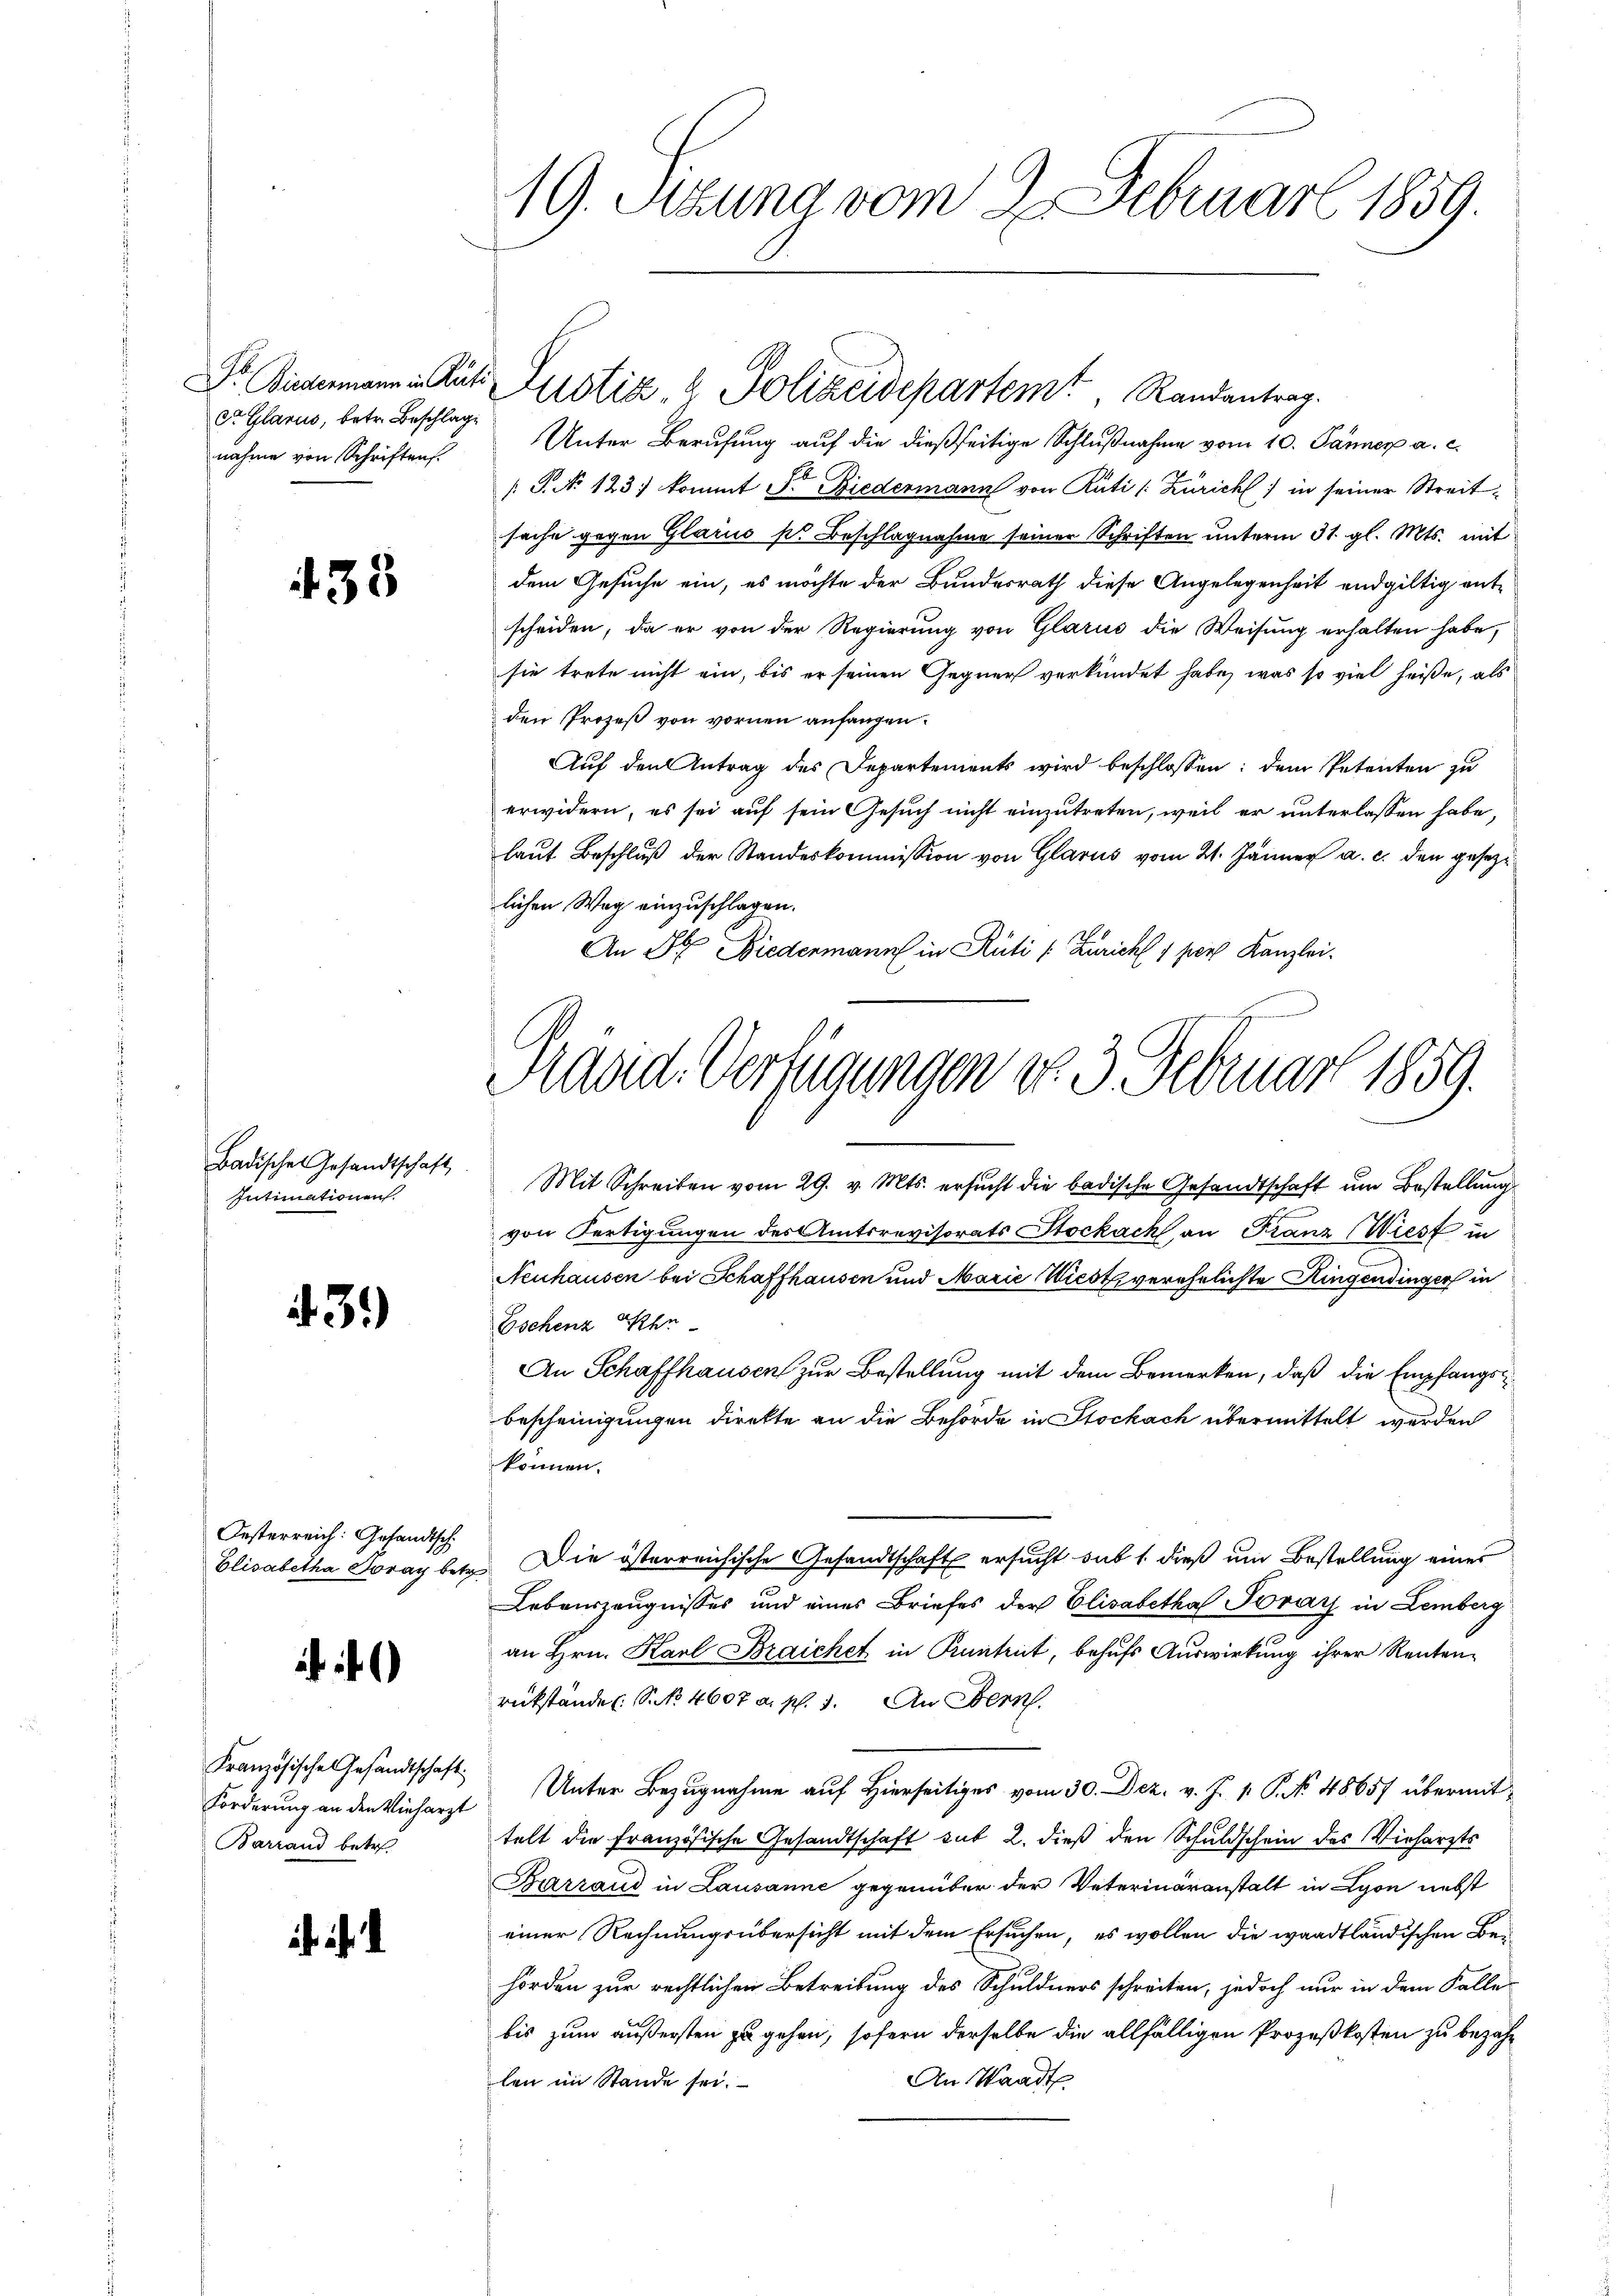
dte Glarus, betr. Beschlage
nahme von Schriften.

33

Badische Gesandtschaft,
Intimationen

439)

Oesterreich: Gesandtsch
Elisabetha Soray betr

)

Französische Gesandtschaft
Forderung an den Vieharzt
Barrand betret

Unter Berufung auf die dießseitige Schlußnahme vom 10. Jänner a. c.
/: P. No 123. kommt Dr Biedermann von Rüti /: Zürich) in seiner Streitsache gegen Glarus s. Beschlagnahme seiner Schriften unterm 31. gl. Mts. mit
dem Gesuche ein, es möchte der Bundesrath diese Angelegenheit endgültig entscheiden, da er von der Regierung von Glarus die Weisung erhalten habe,
sie trete nicht ein, bis er seinen Gegner verkündet habe, was so viel heiße, als
den Prozeß von vornen anfangen.
Auf den Antrag des Departements wird beschlossen: dem Petenten zu
erwidern, es sei auf sein Gesuch nicht einzutreten, weil er unterlassen habe,
laŭt Beschlŭβ der Standeskommission von Glarus vom 21. Jänner a. c. den gesezlichen Weg einzuschlagen.
An St. Biedermann in Rüti [Züricht 1 per Kanzlei.

19. Setzung vom 2. Februar 1859.

Dr. Biedermann in Ruts Justiz & Polizeidepartemt, Randantrag.

Harid. Verfügungen No. 3. Februar 1859.

Mit Schreiben vom 29. v. Mts. ersucht die badische Gesandtschaft um Bestellung
von Fertigungen des Amtsrevisorats Stockach, an Franz Wiest in
Neuhausen bei Schaffhausen und Marie Wiest verehelichte Hingendinger in
Eschenz Khr
An Schaffhausen zur Bestellung mit dem Bemerken, daß die Empfangsbescheinigungen direkte an die Behörde in Stockach übermittelt werden
können.
Die österreichische Gesandtschaft ersucht dass dieß um Bestellung eines
Lebenszeugnisses und eines Briefes der Elisabetha Povár in Lemberg
an Hrn. Karl Braichet in Runtrut, behufs Auswirkung ihrer Renten-
rükstände. S. Nr. 4607 a. p. 3. An Bern.
Unter Bezugnahme auf Hierseitiges vom 30. Dez. v. J. 1. P. No. 48657 übermittelt die Französische Gesandtschaft sub 2. dieß den Schuldschein des Vieharzts
Barraud in Lausanne gegenüber der Veterinäranstalt in Lyon nebst
einer Rechnungsübersicht mit dem Ersuchen, es wollen die waadtländischen Behörden zur rechtlichen Betreibung des Schuldners schreiten, jedoch nur in dem Falle
bis zum äußersten zu gehen, sofern derselbe die allfälligen Prozeßkosten zu bezah¬
An Waadt
len im Stande sei.